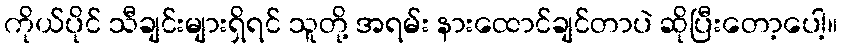
ကိုယ်ပိုင် သီချင်းများရှိရင် သူတို့ အရမ်း နားထောင်ချင်တာပဲ ဆိုပြီးတော့ပေါ့။